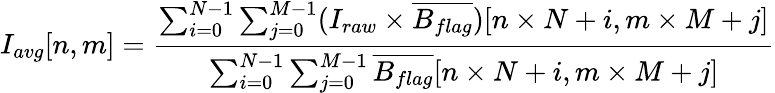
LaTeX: I_{avg}[n,m]=\frac{\sum_{i=0}^{N-1}\sum_{j=0}^{M-1}(I_{raw}\times\overline{{B_{flag}}})[n\times N+i,m\times M+j]}{\sum_{i=0}^{N-1}\sum_{j=0}^{M-1}\overline{{B_{flag}}}[n\times N+i,m\times M+j]}